Indian Medical Review
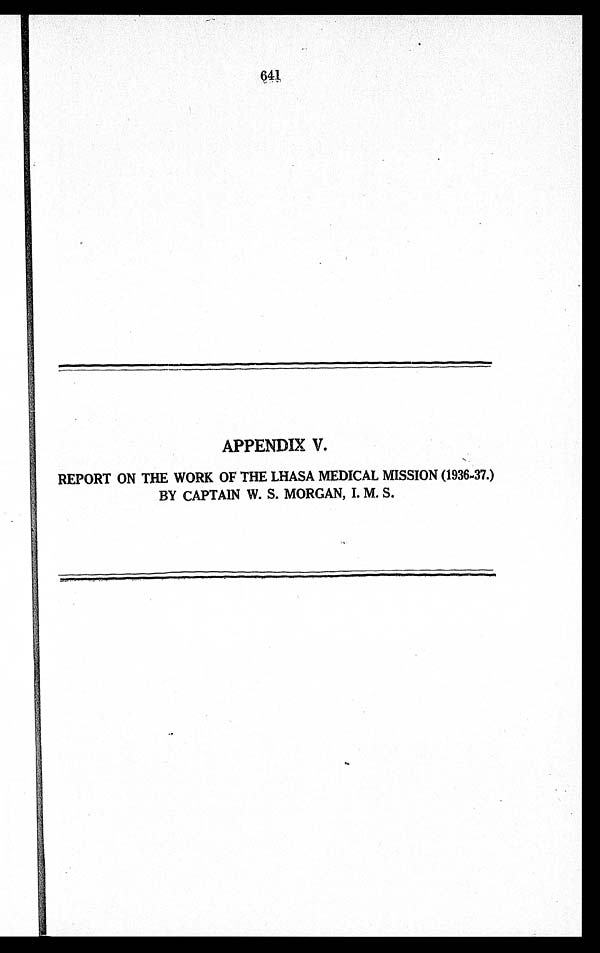
APPENDIX V.
REPORT ON THE WORK OF THE LHASA MEDICAL MISSION (1936-37.)
BY CAPTAIN W. S. MORGAN, I. M. S.